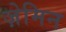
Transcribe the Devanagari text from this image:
ज़ेमिन